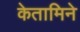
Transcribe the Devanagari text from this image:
केतामिने